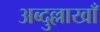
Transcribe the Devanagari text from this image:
अब्दुल्लाखाँ